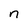
Character: n